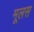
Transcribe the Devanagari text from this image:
मूलस